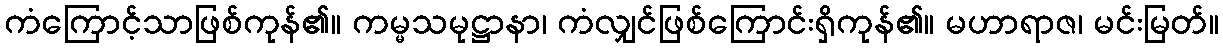
ကံကြောင့်သာဖြစ်ကုန်၏။ ကမ္မသမုဋ္ဌာနာ၊ ကံလျှင်ဖြစ်ကြောင်းရှိကုန်၏။ မဟာရာဇ၊ မင်းမြတ်။